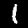
Label: 1